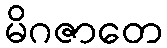
မိဂဇာတေ